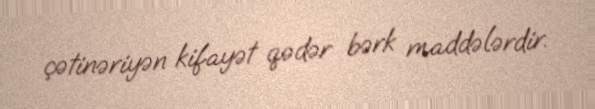
çətinəriyən kifayət qədər bərk maddələrdir.